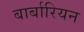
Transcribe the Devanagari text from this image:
बार्बारियन